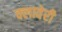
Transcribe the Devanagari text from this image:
क्लावेरी